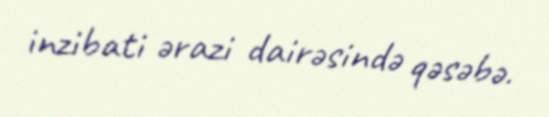
inzibati ərazi dairəsində qəsəbə.